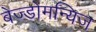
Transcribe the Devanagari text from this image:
बेज्डोमन्यिज